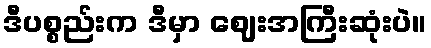
ဒီပစ္စည်းက ဒီမှာ ဈေးအကြီးဆုံးပဲ။